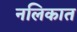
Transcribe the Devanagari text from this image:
नलिकात